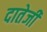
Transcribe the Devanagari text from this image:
दातेजी